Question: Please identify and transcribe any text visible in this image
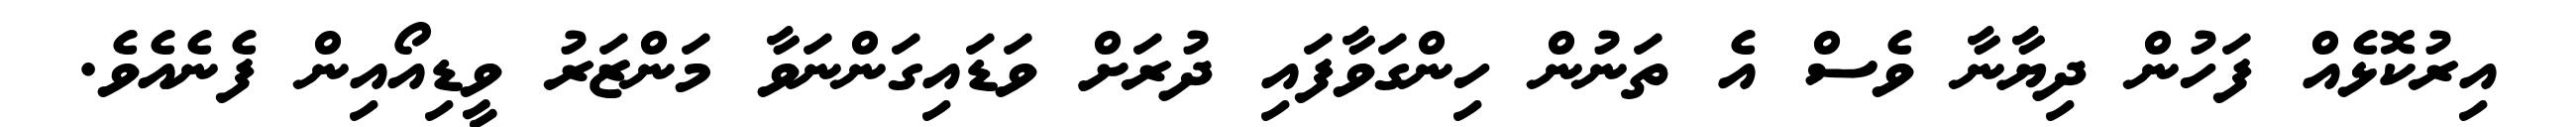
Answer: އިރުކޮޅެއް ފަހުން ދިޔާނާ ވެސް އެ ތަނުން ހިންގަވާފައި ދުރަށް ވަޑައިގަންނަވާ މަންޒަރު ވީޑިއޯއިން ފެނެއެވެ.